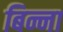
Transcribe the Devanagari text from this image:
बिन्ना